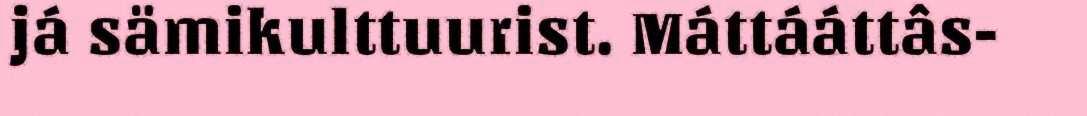
já sämikulttuurist. Máttááttâs-